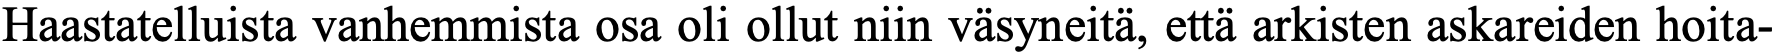
Haastatelluista vanhemmista osa oli ollut niin väsyneitä, että arkisten askareiden hoita-